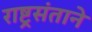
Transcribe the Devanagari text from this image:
राष्ट्रसंताने